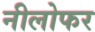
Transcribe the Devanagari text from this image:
नीलोफर